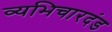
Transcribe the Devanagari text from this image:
व्यभिचारदंड